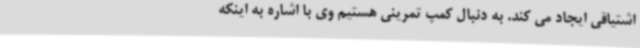
اشتیاقی ایجاد می کند. به دنبال کمپ تمرینی هستیم وی با اشاره به اینکه